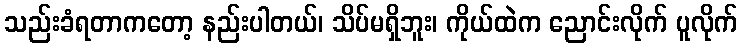
သည်းခံရတာကတော့ နည်းပါတယ်၊ သိပ်မရှိဘူး၊ ကိုယ်ထဲက ညောင်းလိုက် ပူလိုက်